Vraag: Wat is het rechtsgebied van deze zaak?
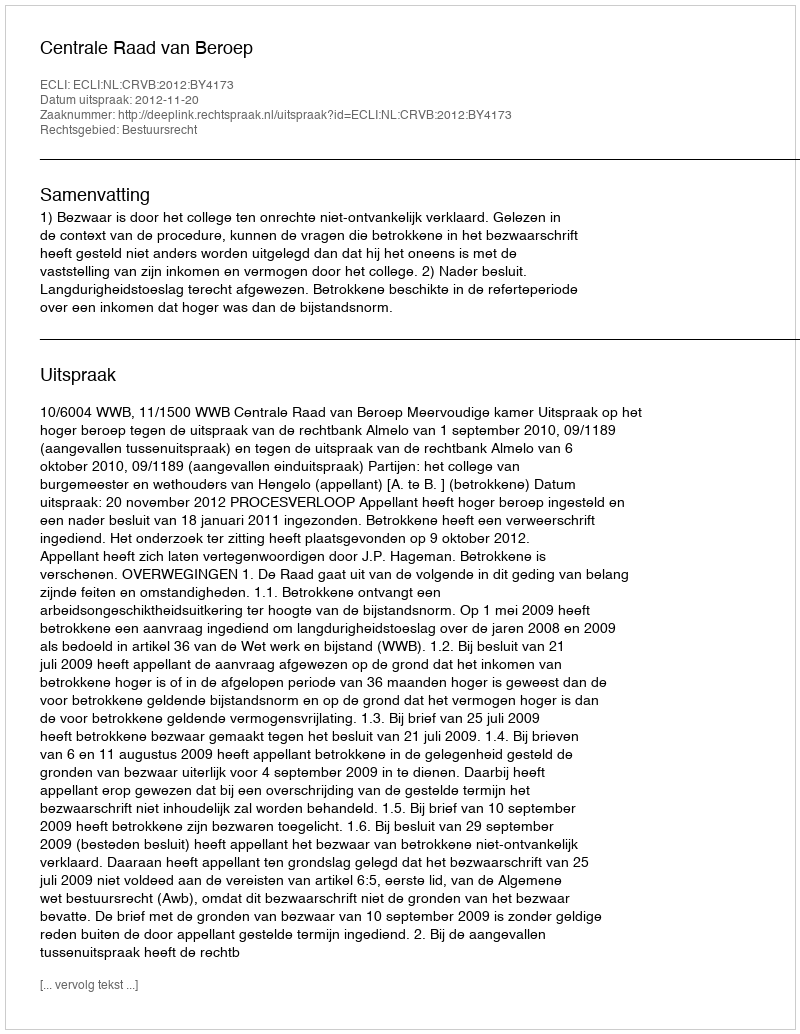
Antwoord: Bestuursrecht